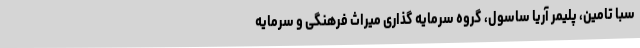
سبا تامین، پلیمر آریا ساسول، گروه سرمایه گذاری میراث فرهنگی و سرمایه